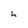
Character: h